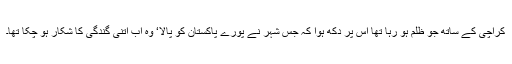
کراچی کے ساتھ جو ظلم ہو رہا تھا اس پر دکھ ہوا کہ جس شہر نے پورے پاکستان کو پالا‘ وہ اب اتنی گندگی کا شکار ہو چکا تھا۔